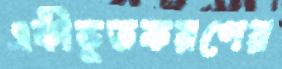
একীভূতকরণের